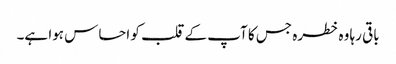
باقی رہا وہ خطرہ جس کا آپ کے قلب کو احساس ہوا ہے۔